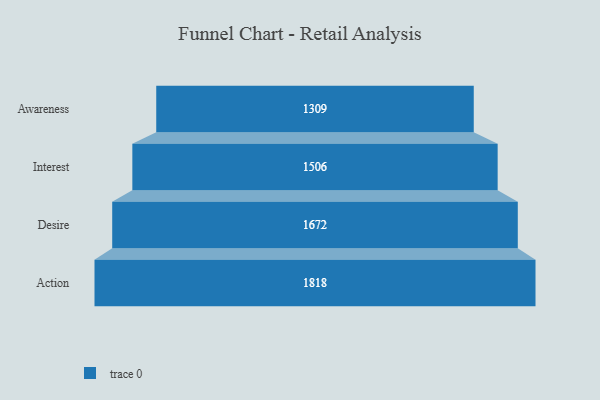
{"axis": {"x": "Stage", "y": "Value"}, "legend": [""], "data": [{"x": "Awareness", "y": 1309.0, "type": ""}, {"x": "Interest", "y": 1506.0, "type": ""}, {"x": "Desire", "y": 1672.0, "type": ""}, {"x": "Action", "y": 1818.0, "type": ""}]}